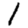
Digit: 1